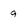
Character: 9